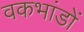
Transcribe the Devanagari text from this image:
वकभांडों